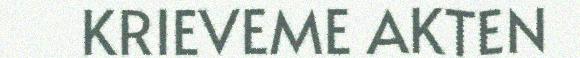
KRIEVEME AKTEN